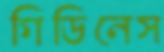
গিডিনেস